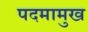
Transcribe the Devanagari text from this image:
पदमामुख